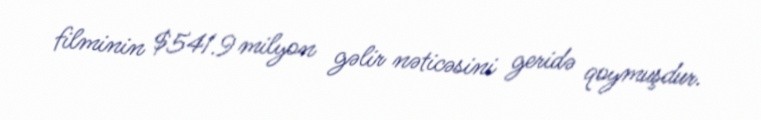
filminin $541.9 milyon gəlir nəticəsini geridə qoymuşdur.